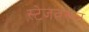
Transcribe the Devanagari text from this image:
स्टेजवरून